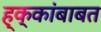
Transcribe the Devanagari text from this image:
ह्क्कांबाबत